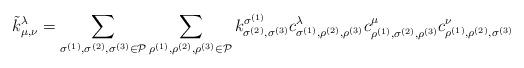
LaTeX: \begin{align*}\tilde{k}_{\mu, \nu}^{\lambda} =\sum_{\sigma^{(1)}, \sigma^{(2)}, \sigma^{(3)} \in \mathcal{P}} \sum_{\rho^{(1)}, \rho^{(2)}, \rho^{(3)} \in \mathcal{P}} k_{\sigma^{(2)}, \sigma^{(3)}}^{\sigma^{(1)}}c_{\sigma^{(1)},\rho^{(2)}, \rho^{(3)}}^{\lambda}c_{\rho^{(1)}, \sigma^{(2)},\rho^{(3)}}^{\mu}c_{\rho^{(1)}, \rho^{(2)},\sigma^{(3)}}^{\nu}\end{align*}